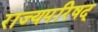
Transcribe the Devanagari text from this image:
राज्यपरिषद्